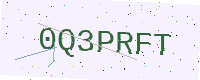
Text: 0Q3PRFT